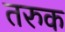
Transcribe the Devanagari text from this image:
तरुक